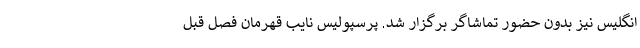
انگلیس نیز بدون حضور تماشاگر برگزار شد. پرسپولیس نایب قهرمان فصل قبل